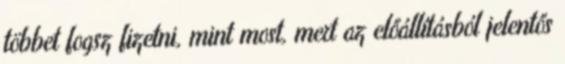
többet fogsz fizetni, mint most, mert az előállításból jelentős